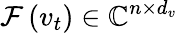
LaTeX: \mathcal{F}\left(v_{t}\right)\in\mathbb{C}^{n\times d_{v}}